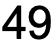
49